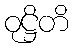
ဝုဋ္ဌိတိ